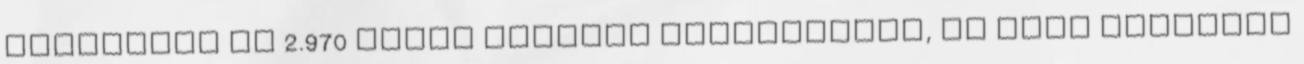
mentettek ki 2.970 hóban elakadt gépkocsiból, és őket központi